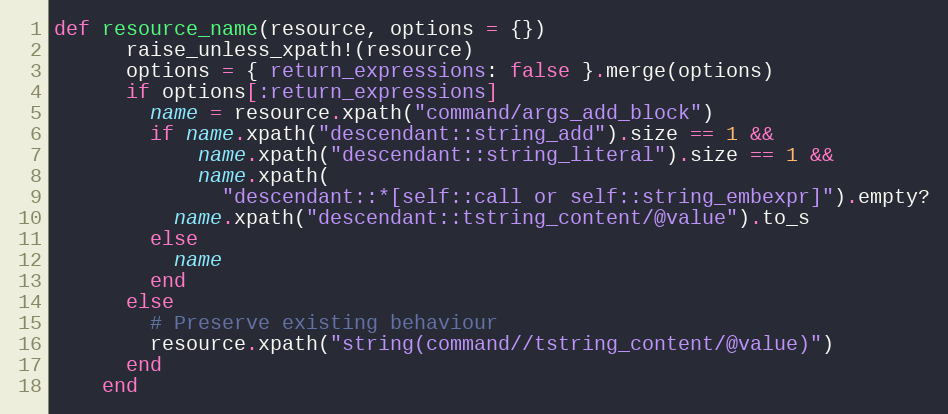
Language: Ruby
def resource_name(resource, options = {})
      raise_unless_xpath!(resource)
      options = { return_expressions: false }.merge(options)
      if options[:return_expressions]
        name = resource.xpath("command/args_add_block")
        if name.xpath("descendant::string_add").size == 1 &&
            name.xpath("descendant::string_literal").size == 1 &&
            name.xpath(
              "descendant::*[self::call or self::string_embexpr]").empty?
          name.xpath("descendant::tstring_content/@value").to_s
        else
          name
        end
      else
        # Preserve existing behaviour
        resource.xpath("string(command//tstring_content/@value)")
      end
    end